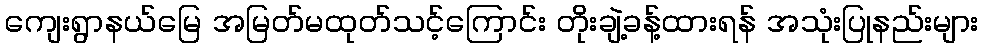
ကျေးရွာနယ်မြေ အမြတ်မထုတ်သင့်ကြောင်း တိုးချဲ့ခန့်ထားရန် အသုံးပြုနည်းများ